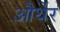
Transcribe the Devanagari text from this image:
और्थेर